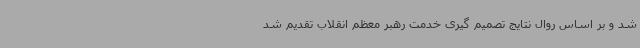
شد و بر اساس روال نتایج تصمیم گیری خدمت رهبر معظم انقلاب تقدیم شد